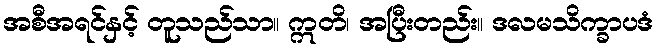
အစီအရင်နှင့် တူသည်သာ။ ဣတိ၊ အပြီးတည်း။ ဒလမသိက္ခာပဒံ